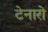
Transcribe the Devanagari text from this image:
टेनारो